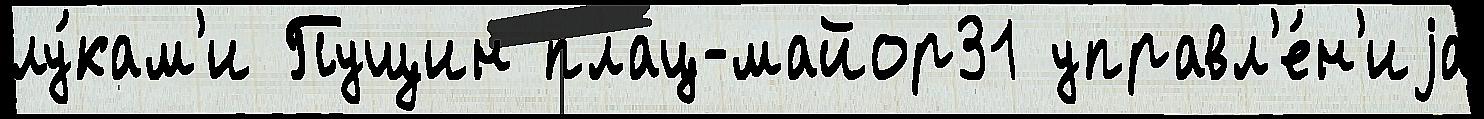
лу́кам'и Пущин плац-майор31 управл'е́н'иjа